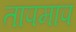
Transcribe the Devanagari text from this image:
तापमाप